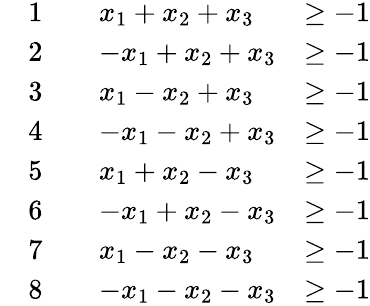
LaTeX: \begin{array}{rlrlr}&{\mathrm{1}}&&{x_{1}+x_{2}+x_{3}}&{\geq-1}\\ &{\mathrm{2}}&&{-x_{1}+x_{2}+x_{3}}&{\geq-1}\\ &{\mathrm{3}}&&{x_{1}-x_{2}+x_{3}}&{\geq-1}\\ &{\mathrm{4}}&&{-x_{1}-x_{2}+x_{3}}&{\geq-1}\\ &{\mathrm{5}}&&{x_{1}+x_{2}-x_{3}}&{\geq-1}\\ &{\mathrm{6}}&&{-x_{1}+x_{2}-x_{3}}&{\geq-1}\\ &{\mathrm{7}}&&{x_{1}-x_{2}-x_{3}}&{\geq-1}\\ &{\mathrm{8}}&&{-x_{1}-x_{2}-x_{3}}&{\geq-1}\end{array}